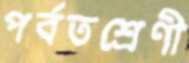
পর্বতশ্রেণী